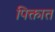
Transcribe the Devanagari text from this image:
पिक्तात